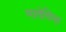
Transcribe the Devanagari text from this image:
मातेविना